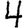
Digit: 4